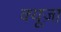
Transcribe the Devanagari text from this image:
क्यूज़ा